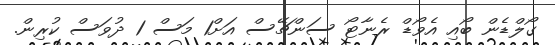
ގޯލްޑެން ބޯއި އެވޯޑް ރެނާޓޯ ސަންޗޭސް އަށް1 މަސް 1 ދުވަސް ކުރިން.